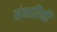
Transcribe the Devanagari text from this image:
संभारिकी